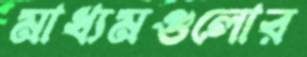
মাধ্যমগুলোর